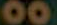
00